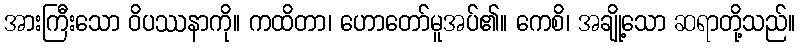
အားကြီးသော ဝိပဿနာကို။ ကထိတာ၊ ဟောတော်မူအပ်၏။ ကေစိ၊ အချို့သော ဆရာတို့သည်။